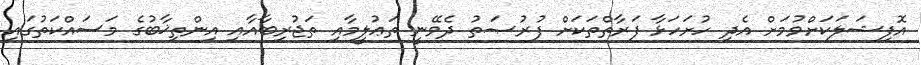
އޮފިޝަލަކަށްވުމަށް އެދި ހުށަހަޅާ ފަރާތްތަކަށް ފުރުޞަތު ދެވޭނީ ތަޢުލީމާއި ތަޖުރިބާއާއި އިންތިޚާބުގެ މަސައްކަތުގައި